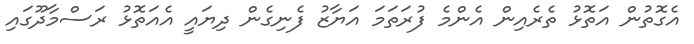
އެގޮތުން އަތޮޅު ތެރެއިން އެންމެ ފުރަތަމަ އަޔާޒު ފެނިގެން ދިޔައީ އެއަތޮޅު ރަސްމާދޫގައި